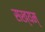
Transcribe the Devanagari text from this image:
सख्यम्